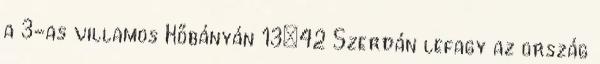
a 3-as villamos Kőbányán 13:42 Szerdán lefagy az ország